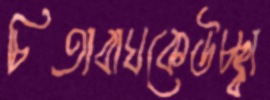
চিতাবাঘকেউচ্ছ্বা